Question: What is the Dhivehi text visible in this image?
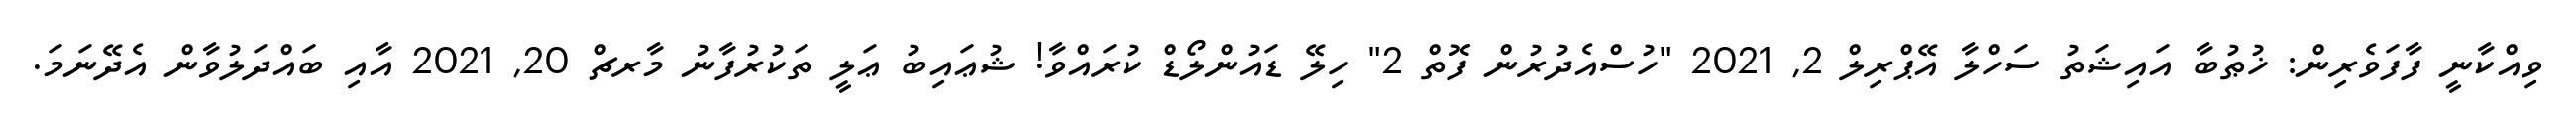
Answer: ވިއްކާނީ ފާފަވެރިން: ޚުޠުބާ އައިޝަތު ސަހްލާ އޭޕްރިލް 2, 2021 "ހުސްއެދުރުން ފޮތް 2" ހިލޭ ޑައުންލޯޑް ކުރައްވާ! ޝުޢައިބު ޢަލީ ތަކުރުފާނު މާރޗް 20, 2021 އާއި ބައްދަލުވާން އެދޭނަމަ.